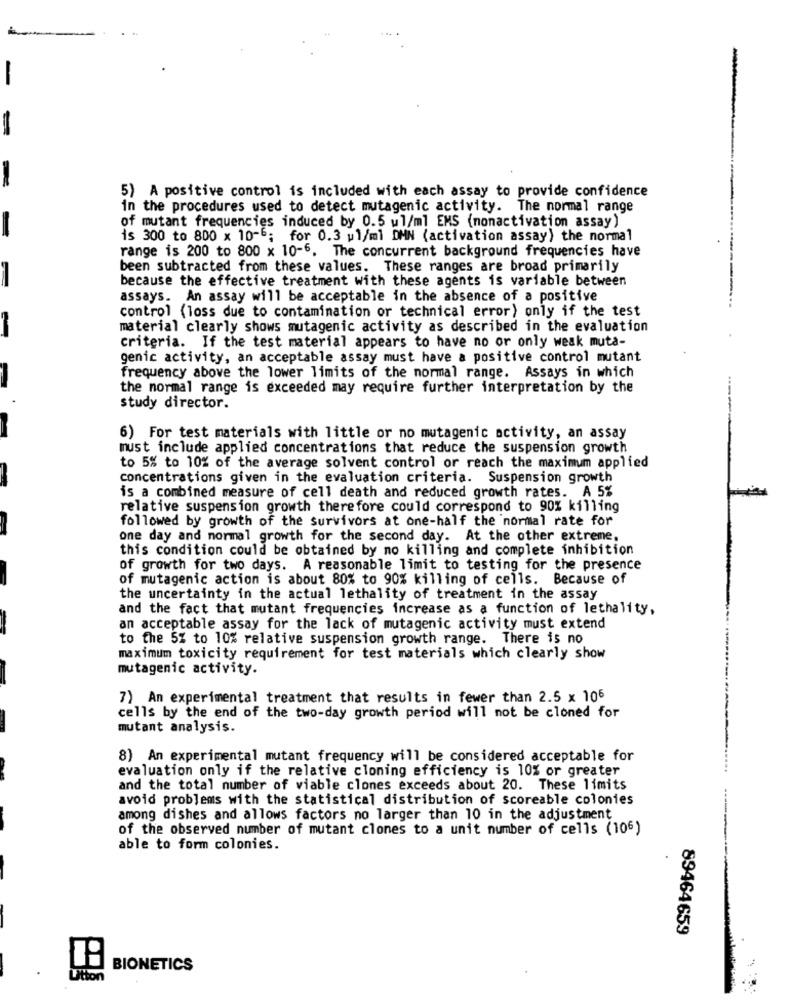
5) A positive control is included with each assay to provide confidence
in the procedures used to detect mutagenic activity. The normal range
of mutant frequencies induced by 0.5 ul/ml EMS (nonactivation assay)
is 300 to 800 x 10-5; for 0.3 ul/ml DMN (activation assay) the normal
range is 200 to 800 x 10-6. The concurrent background frequencies have
been subtracted from these values. These ranges are broad primarily
because the effective treatment with these agents is variable between
assays. An assay will be acceptable in the absence of a positive
control (loss due to contamination or technical error) only if the test
material clearly shows mutagenic activity as described in the evaluation
criteria. If the test material appears to have no or only weak muta-
genic activity, an acceptable assay must have a positive control mutant
frequency above the lower limits of the normal range. Assays in which
-
the normal range is exceeded may require further interpretation by the
study director.
6) For test materials with little or no mutagenic activity, an assay
must include applied concentrations that reduce the suspension growth
to 5% to 10% of the average solvent control or reach the maximum applied
concentrations given in the evaluation criteria. Suspension growth
is a combined measure of cell death and reduced growth rates. A 5%
relative suspension growth therefore could correspond to 90% killing
followed by growth of the survivors at one-half the normal rate for
one day and normal growth for the second day. At the other extreme,
this condition could be obtained by no killing and complete inhibition
of growth for two days. A reasonable limit to testing for the presence
of mutagenic action is about 80% to 90% killing of cells. Because of
the uncertainty in the actual lethality of treatment in the assay
and the fact that mutant frequencies increase as a function of lethality,
an acceptable assay for the lack of mutagenic activity must extend
to the 5% to 10% relative suspension growth range. There is no
maximum toxicity requirement for test materials which clearly show
mutagenic activity.
7) An experimental treatment that results in fewer than 2.5 x 106
cells by the end of the two-day growth period will not be cloned for
mutant analysis.
8) An experimental mutant frequency will be considered acceptable for
evaluation only if the relative cloning efficiency is 10% or greater
and the total number of viable clones exceeds about 20. These limits
avoid problems with the statistical distribution of scoreable colonies
among dishes and allows factors no larger than 10 in the adjustment
of the observed number of mutant clones to a unit number of cells (106)
able to form colonies.
89464659
BIONETICS
Ution